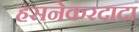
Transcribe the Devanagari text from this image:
हसनेकरदादा